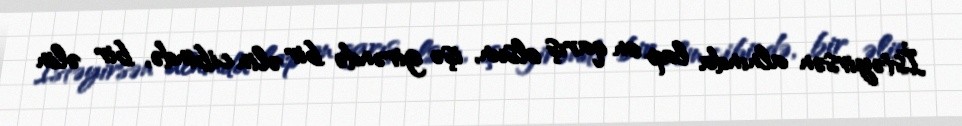
İstəyirsən alnında lap on qarış olsun, işə girəndə bir əlin cibində, bir əlin